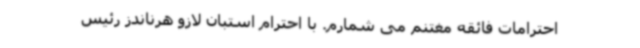
احترامات فائقه مغتنم می شمارم. با احترام استبان لازو هرناندز رئیس